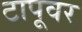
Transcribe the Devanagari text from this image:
टापूवर